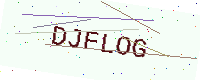
Text: DJFLOG